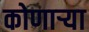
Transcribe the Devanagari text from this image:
कोणार्‍या